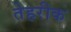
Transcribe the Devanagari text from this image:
तेहरीक